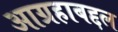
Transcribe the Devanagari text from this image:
आग्रहाबद्दल